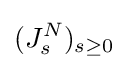
(J_{s}^{N})_{s\geq 0}